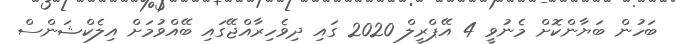
ބަހުން ބަޔާންކޮށް މެނުވީ 4 އޭޕްރީލް 2020 ގައި ދިވެހިރާއްޖޭގައި ބޭއްވުމަށް އިލެެކްޝަންސް